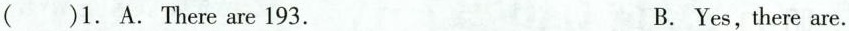
( )1. A. There are 193. B. Yes, there are.